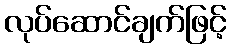
လုပ်ဆောင်ချက်ဖြင့်